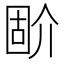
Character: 𡈅